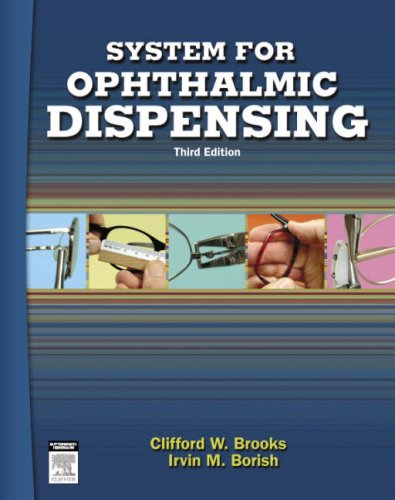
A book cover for System for Ophthalmic Dispensing, 3e; Clifford W. Brooks OD; Medical Books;